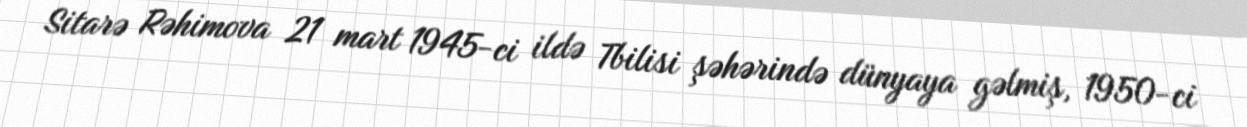
Sitarə Rəhimova 21 mart 1945-ci ildə Tbilisi şəhərində dünyaya gəlmiş, 1950-ci